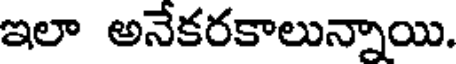
ఇలా అనేకరకాలున్నాయి.